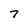
Character: 7